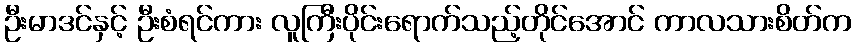
ဦးမာဒင်နှင့် ဦးစံရင်ကား လူကြီးပိုင်းရောက်သည့်တိုင်အောင် ကာလသားစိတ်က